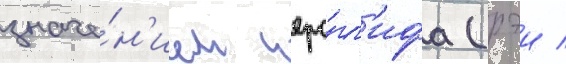
значе́н'ием иеро́гл'ифа (рэи /